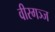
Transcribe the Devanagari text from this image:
वीरगञ्ज